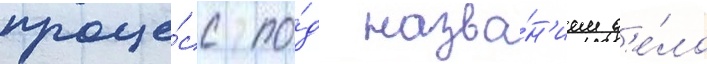
проце́сс по́д назва́н'ием д'е́ло